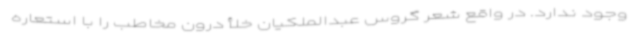
وجود ندارد. در واقع شعر گروس عبدالملکیان خلأ درون مخاطب را با استعاره